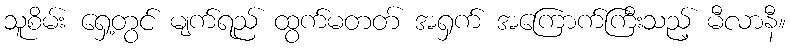
သူစိမ်း ရှေ့တွင် မျက်ရည် ထွက်မတတ် အရှက် အကြောက်ကြီးသည့် မီလာနီ။